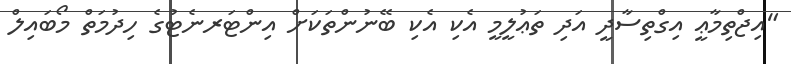
"އިޖްތިމާޢީ އިގްތިސާދީ އަދި ތަޢުލީމީ އެކި އެކި ބޭނުންތަކަށް އިންޓަރނެޓުގެ ހިދުމަތް މޯބައިލް